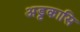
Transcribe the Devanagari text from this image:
अड्टकासि